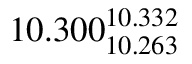
1 0 . 3 0 0 _ { 1 0 . 2 6 3 } ^ { 1 0 . 3 3 2 }